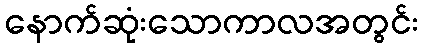
နောက်ဆုံးသောကာလအတွင်း